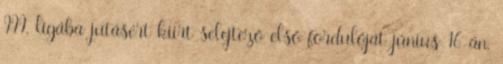
III. ligába jutásért kiírt selejtező első fordulóját június 16-án,